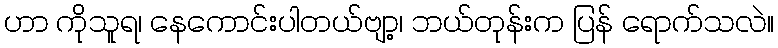
ဟာ ကိုသူရ၊ နေကောင်းပါတယ်ဗျာ့၊ ဘယ်တုန်းက ပြန် ရောက်သလဲ။